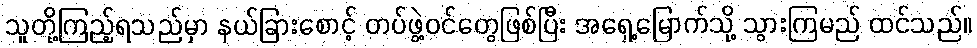
သူတို့ကြည့်ရသည်မှာ နယ်ခြားစောင့် တပ်ဖွဲ့ဝင်တွေဖြစ်ပြီး အရှေ့မြောက်သို့ သွားကြမည် ထင်သည်။